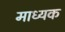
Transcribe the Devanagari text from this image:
माध्यक